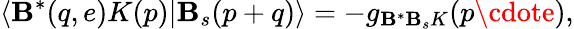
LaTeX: \langle\mathbf{B}^{\ast}(q,e)K(p)|\mathbf{B}_{s}(p+q)\rangle=-g_{\mathbf{B}^{\ast}\mathbf{B}_{s}K}(p\cdote),